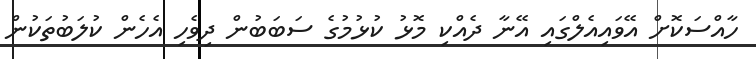
ހާއްސަކޮށް އޭވައިއެލްގައި އޭނާ ދެއްކި މޮޅު ކުޅުމުގެ ސަބަބުން ދިވެހި އެހެން ކުލަބުތަކުން